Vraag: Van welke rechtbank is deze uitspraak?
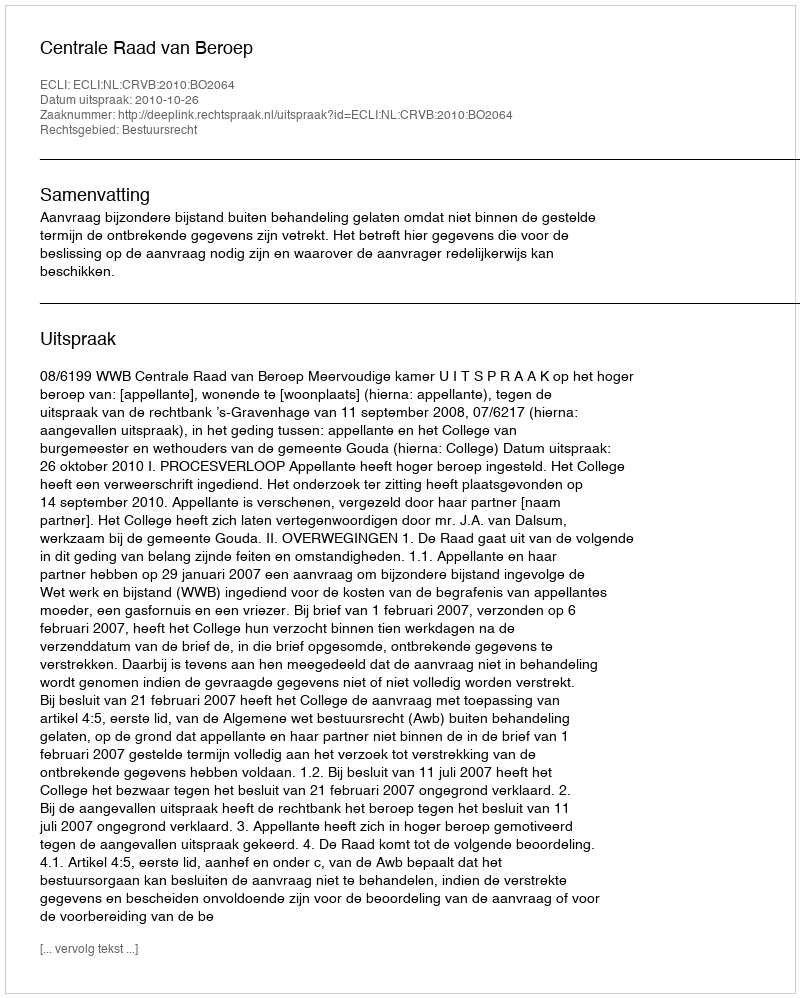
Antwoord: Centrale Raad van Beroep